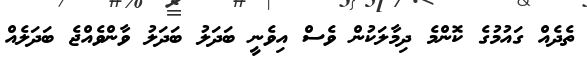
ތެދެއް ގައުމުގެ ކޮންމެ ދިމާލަކުން ވެސް އިވެނީ ބަދަލު ބަދަލު ވާންވެއްޖެ ބަދަލެއް